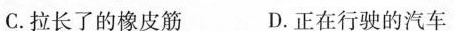
C.拉长了的橡皮筋 D.正在行驶的汽车